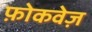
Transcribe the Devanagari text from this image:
फ़ोकवेज़